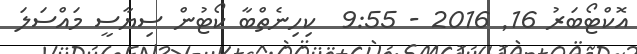
އޮކްޓޯބަރު 16